system: You are a helpful assistant.
user:
Analyze the provided spectrum to determine if it is a **Carbon Star (C-type)**.

- **Key Visual Indicators of Carbon Star:**
    - **(Primary):** Strong molecular absorption from **C₂ (diatomic carbon) "Swan Bands."** This is the **defining feature** of a carbon star.
        - **(Key Bandheads):** Sharp absorption edges are visible at approximately $5635$ Å, $5165$ Å (the strongest band), and $4737$ Å.
        - **(Line Profile):** Creates a distinct **"saw-tooth"** pattern. The key morphology is a sharp, steep bandhead on the **red (long-wavelength) side**, which then gradually tapers off (i.e., flux recovers) towards the **blue (short-wavelength) side**. *(This is the direct opposite of the TiO bands seen in M-type stars)*.

    - **(Secondary):** Intense **CN (cyanogen)** molecular absorption bands.
        - **(Key Bandheads):** Located in the blue and violet regions of the spectrum (e.g., near $4215$ Å and $3883$ Å).
        - **(Morphology):** These bands are extremely broad and act as a "blanket," absorbing the vast majority of blue and violet light. This creates a characteristic **"cliff"** or **"steep drop-off"** in the spectrum's flux at short wavelengths.

    - **(Key Confirmation):** Strong **CH absorption band (G-band)**.
        - **(Key Bandhead):** Located around $4300$ Å. The contribution from CH molecules to this band is exceptionally strong.

    - **(Overall Spectrum):**
        - The continuum is severely "chopped up" by these deep molecular bands, especially C₂, rather than appearing as a smooth curve.
        - Due to the heavy CN and C₂ absorption in the blue-green, the vast majority of the star's flux is concentrated in the red part of the spectrum, giving the star its characteristic deep red color.

Think first, call **spectral_visualization_tool** if needed to examine features in detail, then provide your final answer. Your response must adhere to the following strict rules:
1.  **Overall Structure:** Your response must follow the format `<think>...</think> <tool_call>...</tool_call> (if a tool is used) <answer>...</answer>`.
2.  **Tool Usage Constraint:** You may only make **one** tool call per turn.
3.  **Final Answer Format:** In the `<answer>` tag, your conclusion must be inside a `\boxed{}` command (e.g., `\boxed{YES}`), followed by your justification.

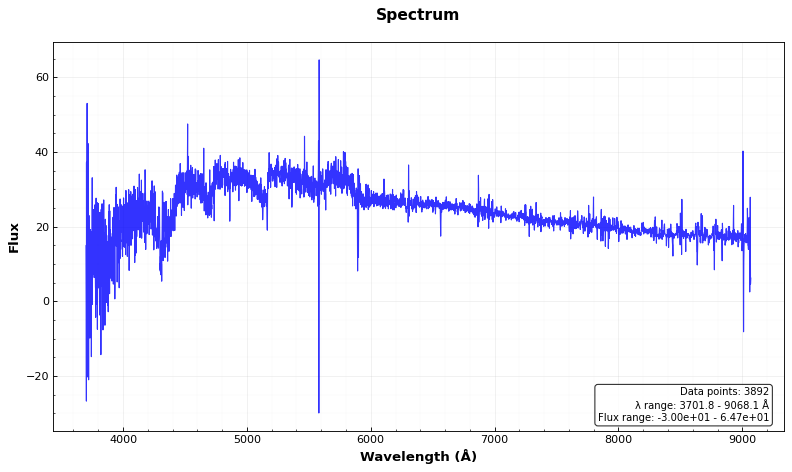
Answer: YES